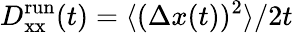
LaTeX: D_{\mathrm{xx}}^{\mathrm{run}}(t)=\langle(\Delta x(t))^{2}\rangle/2t